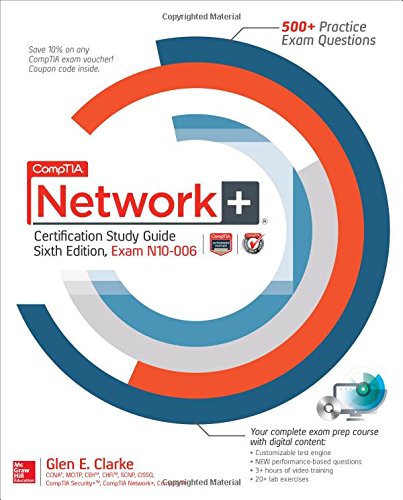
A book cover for CompTIA Network+ Certification Study Guide, Sixth Edition (Exam N10-006) (Certification Press); Glen E. Clarke; Computers & Technology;